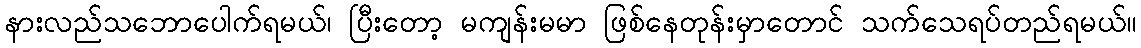
နားလည်သဘောပေါက်ရမယ်၊ ပြီးတော့ မကျန်းမမာ ဖြစ်နေတုန်းမှာတောင် သက်သေရပ်တည်ရမယ်။